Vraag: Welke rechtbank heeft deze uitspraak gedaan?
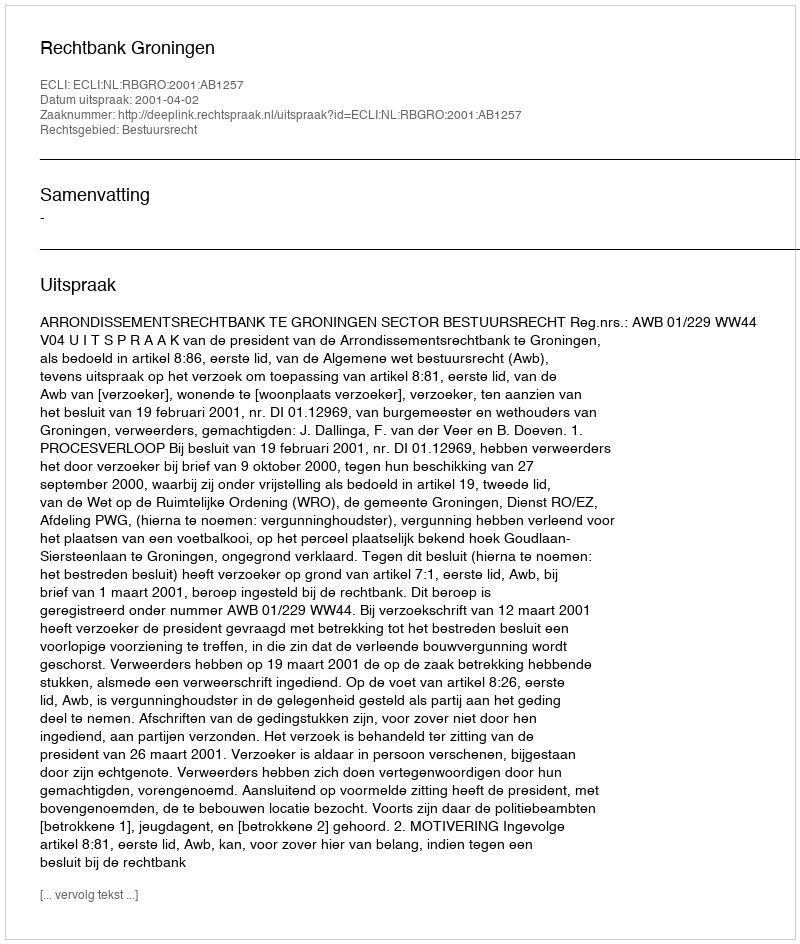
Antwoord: Rechtbank Groningen